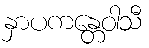
နှာပကန္တေဝါသီ